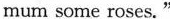
mum some roses."